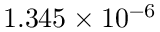
1 . 3 4 5 \times 1 0 ^ { - 6 }